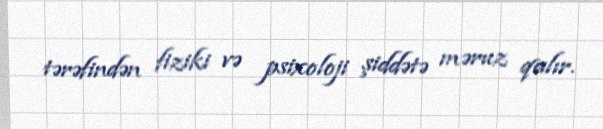
tərəfindən fiziki və psixoloji şiddətə məruz qalır.